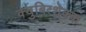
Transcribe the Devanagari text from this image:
क्युबित्शेक्क